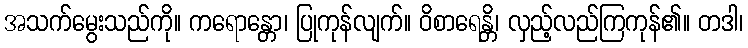
အသက်မွေးသည်ကို။ ကရောန္တော၊ ပြုကုန်လျက်။ ဝိစာရေန္တိ၊ လှည့်လည်ကြကုန်၏။ တဒါ၊